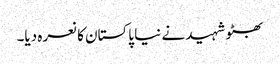
بھٹو شہید نے نیا پاکستان کا نعرہ دیا۔